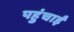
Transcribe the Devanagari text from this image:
पहुंचाईं